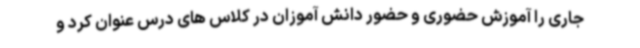
جاری را آموزش حضوری و حضور دانش آموزان در کلاس های درس عنوان کرد و